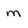
Character: m